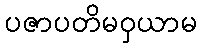
ပဇာပတိမဝှယာမ